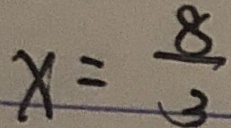
x = \frac { 8 } { 3 }